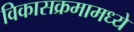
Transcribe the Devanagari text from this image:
विकासक्रमामध्ये